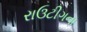
રાઉટીગના